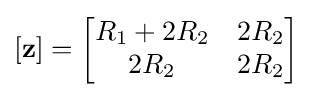
[\mathbf {z} ]={\begin{bmatrix}R_{1}+2R_{2}&2R_{2}\\2R_{2}&2R_{2}\end{bmatrix}}